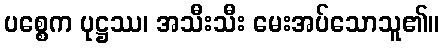
ပစ္စေက ပုဋ္ဌဿ၊ အသီးသီး မေးအပ်သောသူ၏။